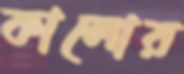
কালোর